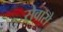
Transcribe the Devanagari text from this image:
सेवासे